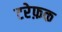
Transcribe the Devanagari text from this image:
टरेफ़क